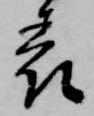
表